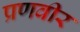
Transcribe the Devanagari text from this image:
प्रणवीर